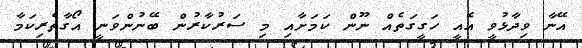
އޭނާ ވިދާޅުވީ އެއީ ހަގީގަތެއް ނޫން ކަމަށާއި މި ސަރުކާރުން ބޭނުންވަނީ އޯގާތެރިކަމާ